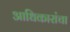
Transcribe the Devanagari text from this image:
आधिकारांचा